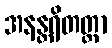
အနန္တရိတတ္တာ